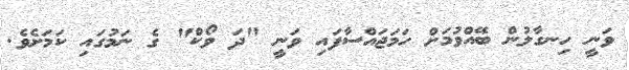
ވަނީ ހިނގާލުން ބޭއްވުމަށް ހަމަޖައްސާފައި ވަނީ "ދަ ވޯކް" ގެ ނަމުގައި ކަމަށެވެ.